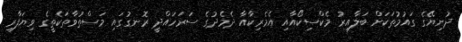
ދުނިޔޭގެ ގައުމުތަކަށް ބަލާއިރު މެކްސިކޯއާއި އެމެރިކާއާ ދެމެދުގެ ސަރަހައްދީ ރޮނގުގައި މަސްތުވާތަކެތީގެ ވިޔަފާރި